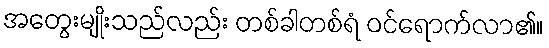
အတွေးမျိုးသည်လည်း တစ်ခါတစ်ရံ ဝင်ရောက်လာ၏။